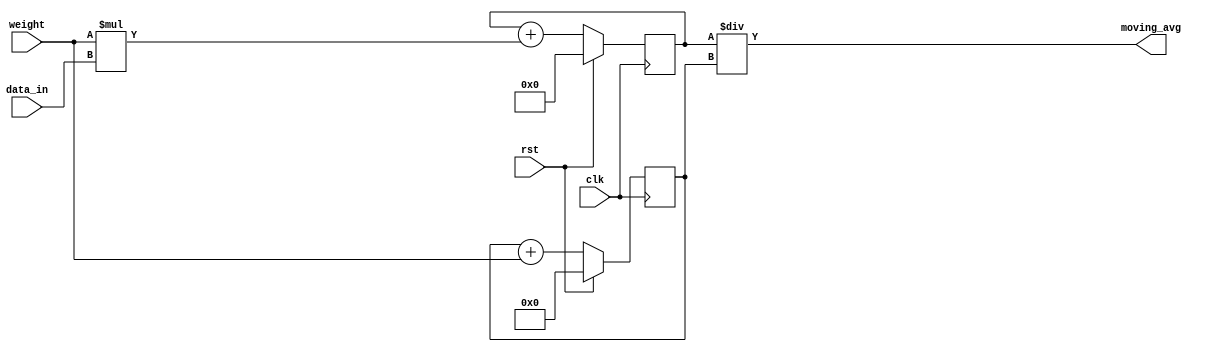
module weighted_moving_average_accumulator (
  input wire clk,
  input wire rst,
  input wire [7:0] weight,
  input wire [7:0] data_in,
  output reg [15:0] moving_avg
);

reg [15:0] sum;
reg [7:0] count;

always @(posedge clk) begin
  if (rst) begin
    sum <= 16'b0;
    count <= 8'b0;
  end else begin
    sum <= sum + (weight * data_in);
    count <= count + weight;
  end
end

always @* begin
  moving_avg = sum / count;
end

endmodule